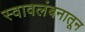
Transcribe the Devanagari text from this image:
स्वावलंबनातून